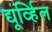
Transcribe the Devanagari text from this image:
द्यूर्व्हिल